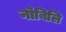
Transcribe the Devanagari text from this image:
नोबिलि